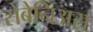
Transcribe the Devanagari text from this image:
सेबेनिअस